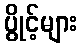
ပွိုင့်များ